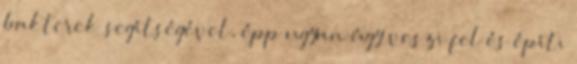
bakterek segítségével, épp ugyan úgy veszi fel és építi